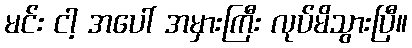
မင်း ငါ့ အပေါ် အမှားကြီး လုပ်မိသွားပြီ။